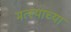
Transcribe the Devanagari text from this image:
मत्स्याच्या